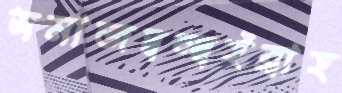
সমাজদ্বন্দ্বইব্রাহ